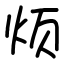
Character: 烦